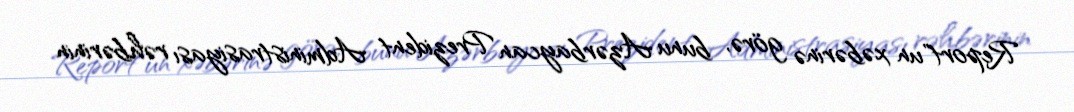
Report"un xəbərinə görə, bunu Azərbaycan Prezident Administrasiyası rəhbərinin